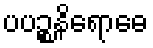
ပပဉ္စနိရောဓေ